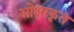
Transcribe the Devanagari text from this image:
ओक्षाकृत